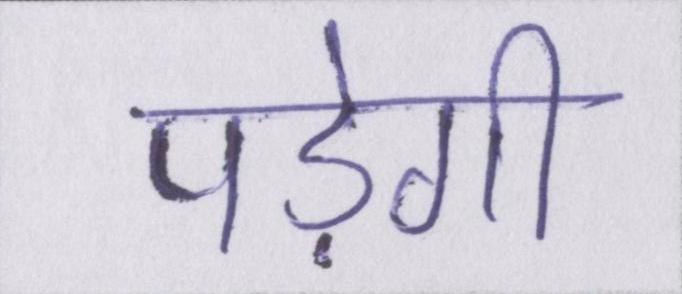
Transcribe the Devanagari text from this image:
पड़ेगी